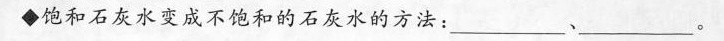
◆饱和石灰水变成不饱和的石灰水的方法：___、___。